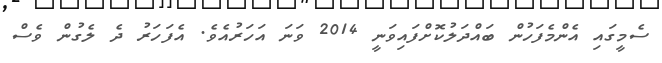
ސެމީގައި އެންމެފަހުން ބައްދަލުކޮށްފައިވަނީ 2014 ވަނަ އަހަރުއެވެ. އެފަހަރު ދެ ލެގުން ވެސް